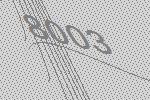
8003